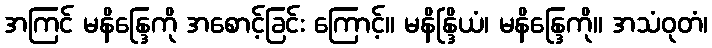
အကြင် မနိန္ဒြေကို အစောင့်ခြင်း ကြောင့်။ မနိန္ဒြိယံ၊ မနိန္ဒြေကို။ အသံဝုတံ၊